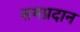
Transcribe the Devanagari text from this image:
समप्रदान